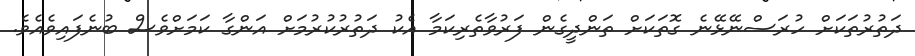
ދަތުރުތަކަށް ހުރަސްނޭޅޭނެ ގޮތަކަށް ތަންދީގެން ފަރުވާތެރިކަމާ އެކު ދަތުރުކުރުމަށް އަންގާ ކަމަށްވެސް ބުނެފައިވެއެވެ.